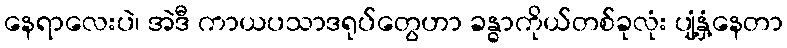
နေရာလေးပဲ၊ အဲဒီ ကာယပသာဒရုပ်တွေဟာ ခန္ဓာကိုယ်တစ်ခုလုံး ပျံ့နှံ့နေတာ